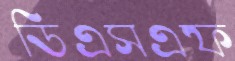
ডিএসএফ